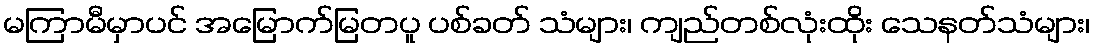
မကြာမီမှာပင် အမြောက်မြတပူ ပစ်ခတ် သံများ၊ ကျည်တစ်လုံးထိုး သေနတ်သံများ၊